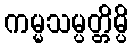
ကမ္မသမ္ပတ္တိမ္ပိ